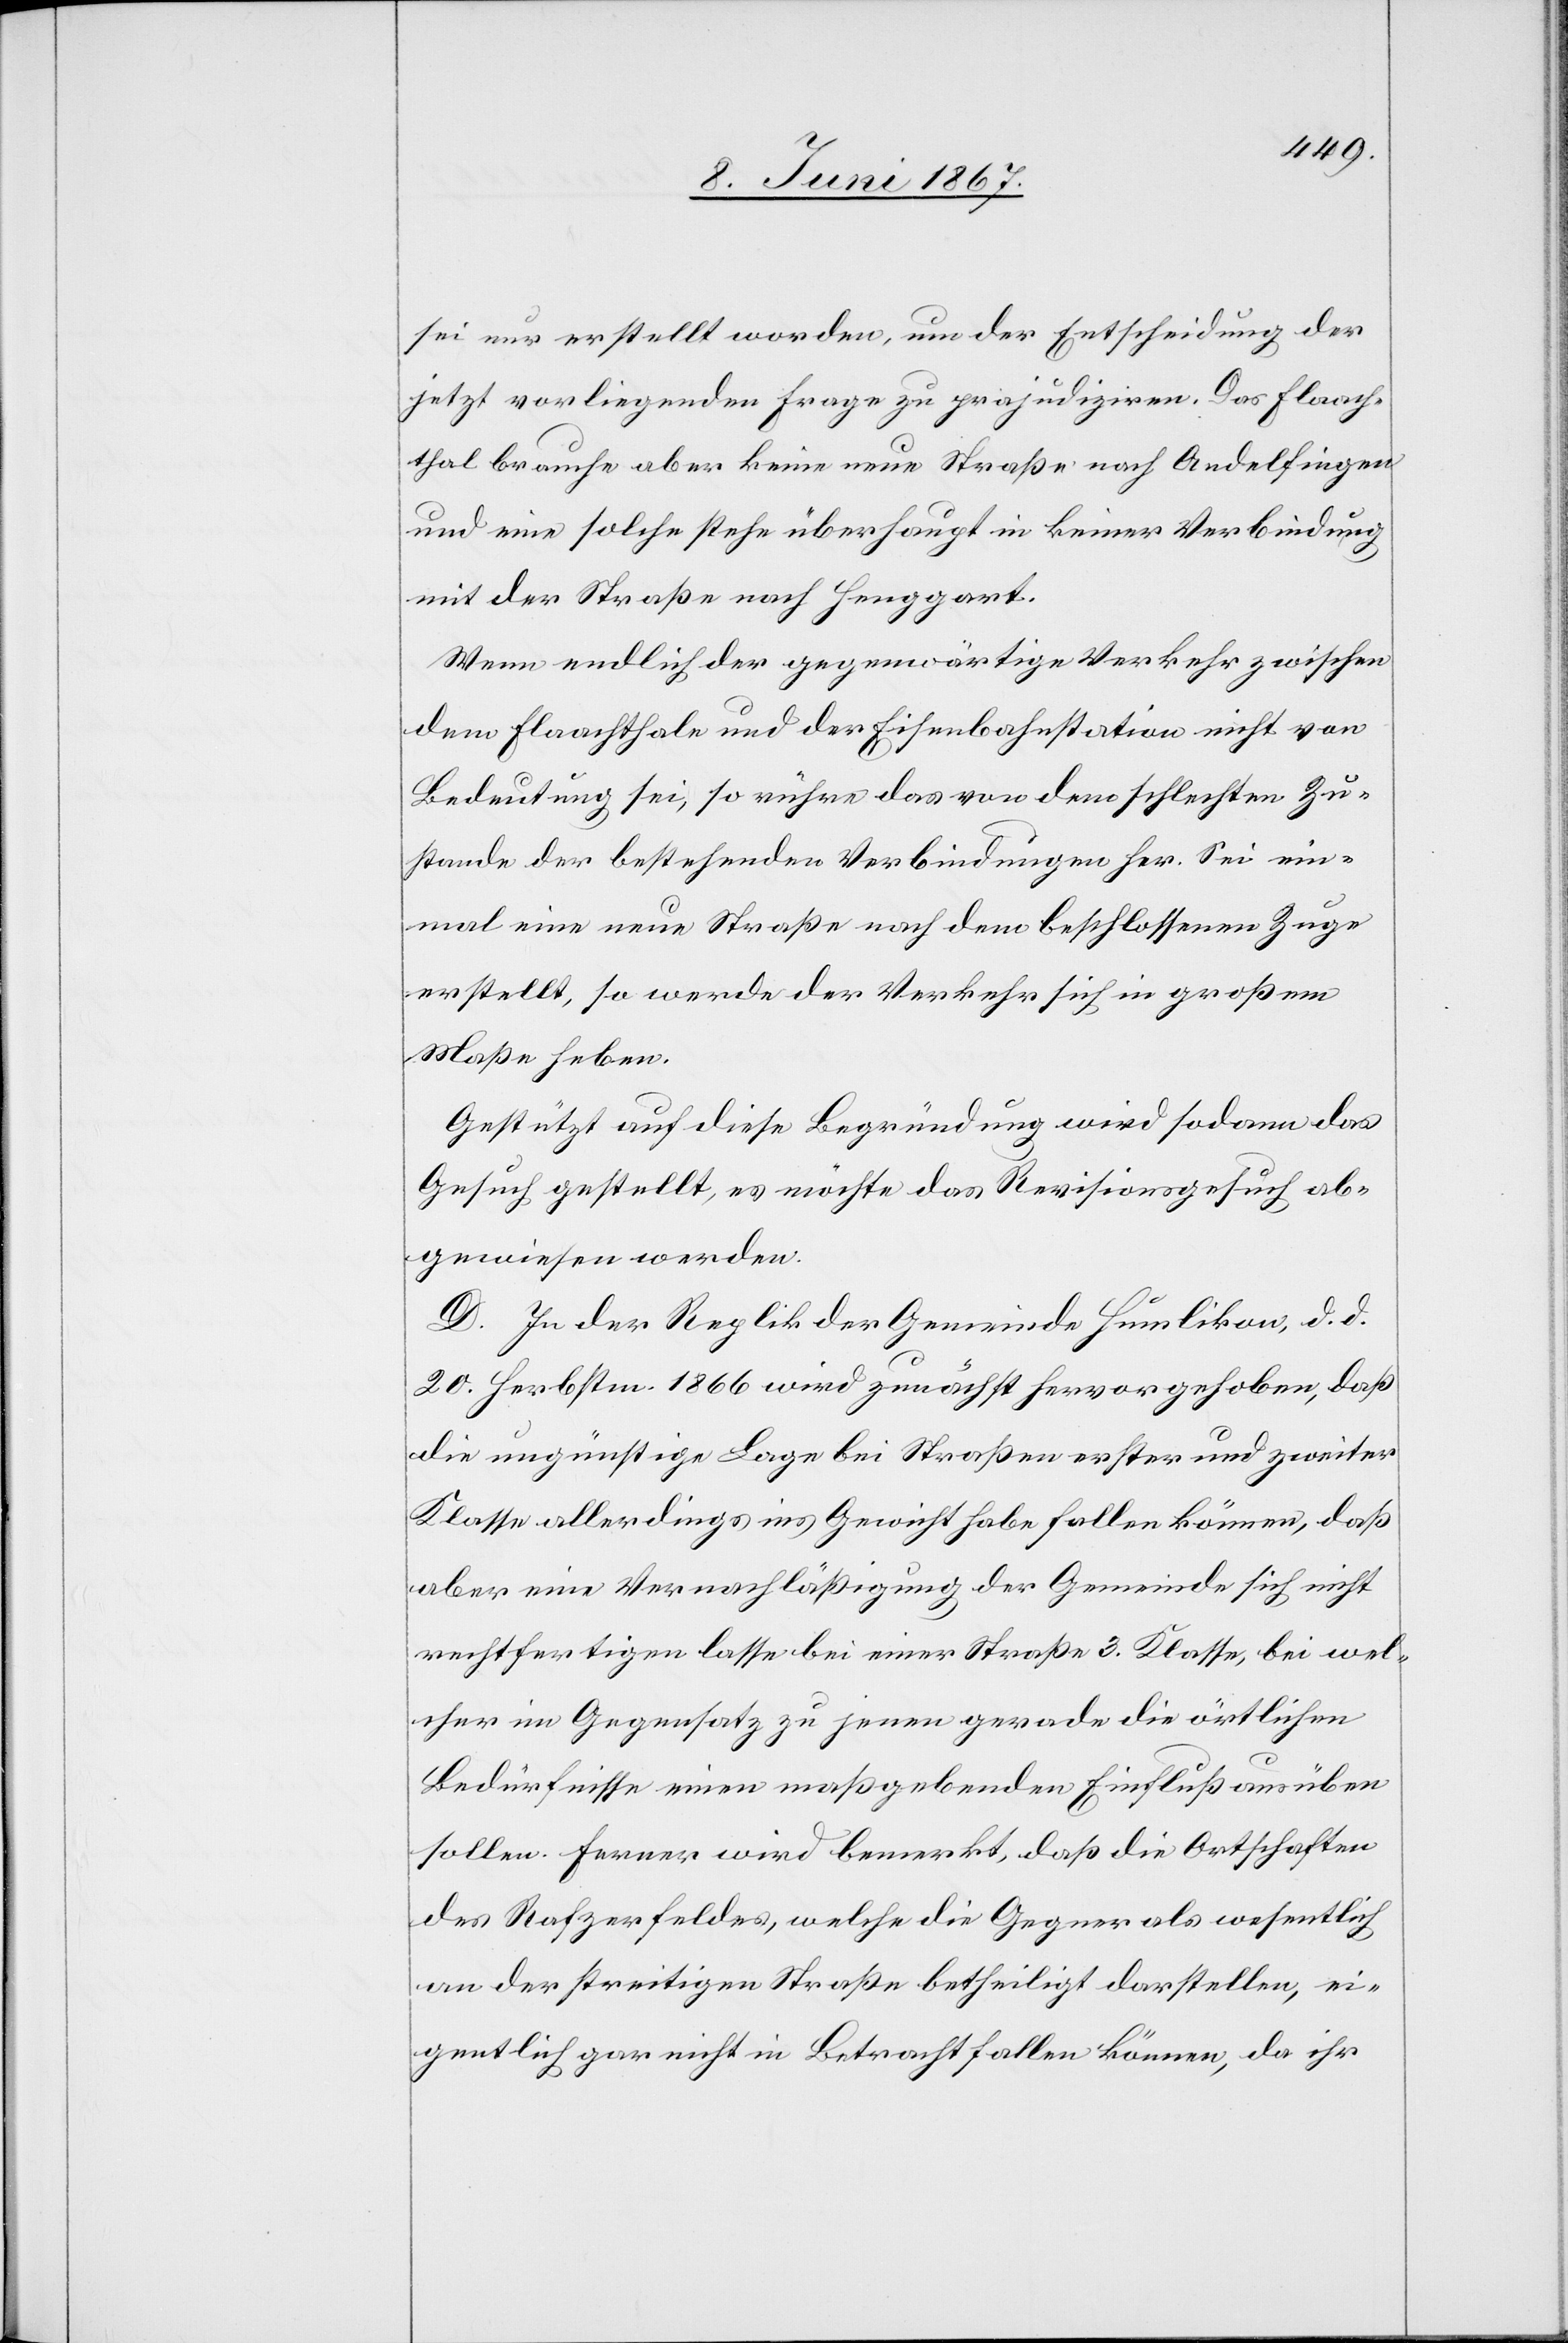
sei nur erstellt worden, um der Entscheidung der
jetzt vorliegenden Frage zu projudiziren. Das Flaach¬
thal brauche aber keine neue Straße nach Andelfingen
und eine solche stehe überhaupt in keiner Verbindung
mit der Straße nach Henggart.
Wenn endlich der gegenwärtige Verkehr zwischen
dem Flaachthal und der Eisenbahnstation nicht von
Bedeutung sei, so rühre das von dem schlechten Zu¬
stande der bestehenden Verbindungen her. Sei ein¬
mal eine neue Straße nach dem beschlossenen Zuge
erstellt, so werde der Verkehr sich in großem
Maße heben.
Gestützt auf diese Begründung wird sodann das
Gesuch gestellt, es möchte das Revisionsgesuch ab¬
gewiesen werden.
D. In der Replik der Gemeinde Humlikon, d. d.
20. Herbstm. 1866 wird zunächst hervorgehoben, daß
die ungünstige Lage bei Straßen erster und zweiter
Klasse allerdings ins Gewicht habe fallen können, daß
aber eine Vernachläßigung der Gemeinde sich nicht
rechtfertigen lasse bei einer Straße 3. Klasse, bei wel¬
cher im Gegensatz zu jenen gerade die örtlichen
Bedürfnisse einen maßgebenden Einfluß ausüben
sollen. Ferner wird bemerkt, daß die Ortschaften
des Rafzerfeldes, welche die Gegner als wesentlich
an der streitigen Straße betheiligt darstellen, ei¬
gentlich gar nicht in Betracht fallen können, da ihr